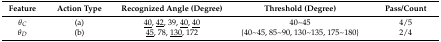
<table><thead><tr><td><b>Feature</b></td><td><b>Action Type</b></td><td><b>Recognized Angle (Degree)</b></td><td><b>Threshold (Degree)</b></td><td><b>Pass/Count</b></td></tr></thead><tbody><tr><td><i>θ<sub>C</sub></i></td><td>(a)</td><td><underline>40</underline>, <underline>42</underline>, 39, <underline>40</underline>, <underline>40</underline></td><td>40~45</td><td>4/5</td></tr><tr><td><i>θ<sub>D</sub></i></td><td>(b)</td><td><underline>45</underline>, 78, <underline>130</underline>, 172</td><td>{40~45, 85~90, 130~135, 175~180}</td><td>2/4</td></tr></tbody></table>